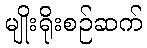
မျိုးရိုးစဉ်ဆက်